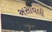
અસાવલી